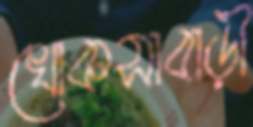
খোকসাবাড়ী